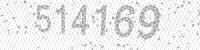
Solution: 514169